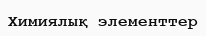
Химиялық элементтер